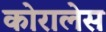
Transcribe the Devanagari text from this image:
कोरालेस